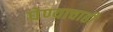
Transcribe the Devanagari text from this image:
घेण्याचाही